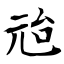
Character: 兘